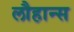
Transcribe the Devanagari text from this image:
लौहान्स